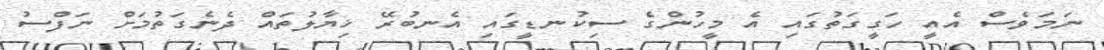
ނަމަވެސް އެއީ ހަގީގަތުގައި އެ މީހުންގެ ސިކުނޑީގައި އެނބުރޭ ޚިޔާލުތައް ދެނެގަތުމަށް ނަފްސު